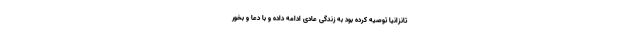
تانزانیا توصیه کرده بود به زندگی عادی ادامه داده و با دعا و بُخور